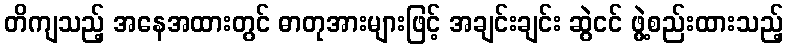
တိကျသည့် အနေအထားတွင် ဓာတုအားများဖြင့် အချင်းချင်း ဆွဲငင် ဖွဲ့စည်းထားသည့်